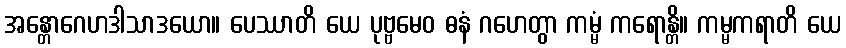
အန္တောဂေဟဒါသာဒယော။ ပေဿာတိ ယေ ပုဗ္ဗမေဝ ဓနံ ဂဟေတွာ ကမ္မံ ကရောန္တိ။ ကမ္မကရာတိ ယေ